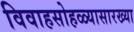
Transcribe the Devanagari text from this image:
विवाहसोहळ्यासारख्या